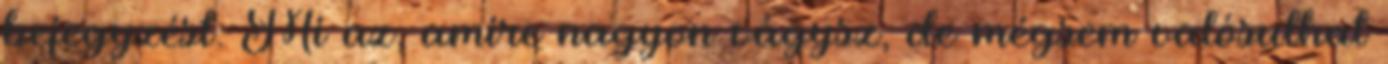
bejegyzést. Mi az, amire nagyon vágysz, de mégsem valósulhat